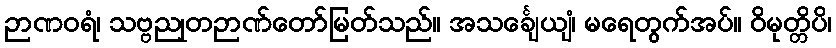
ဉာဏဝရံ၊ သဗ္ဗညုတဉာဏ်တော်မြတ်သည်။ အသင်္ချေယျံ၊ မရေတွက်အပ်။ ဝိမုတ္တိပိ၊